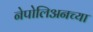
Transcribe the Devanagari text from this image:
नेपोलिअनच्या